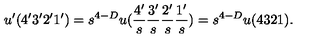
u ^ { \prime } ( 4 ^ { \prime } 3 ^ { \prime } 2 ^ { \prime } 1 ^ { \prime } ) = s ^ { 4 - D } u ( \frac { 4 ^ { \prime } } { s } \frac { 3 ^ { \prime } } { s } \frac { 2 ^ { \prime } } { s } \frac { 1 ^ { \prime } } { s } ) = s ^ { 4 - D } u ( 4 3 2 1 ) .